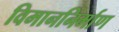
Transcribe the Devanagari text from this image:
विमाननिर्माण